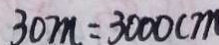
3 0 m = 3 0 0 0 c m